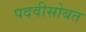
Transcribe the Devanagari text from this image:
पदवीसोबत